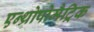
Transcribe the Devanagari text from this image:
एन्थ्रोपोमैट्रिक